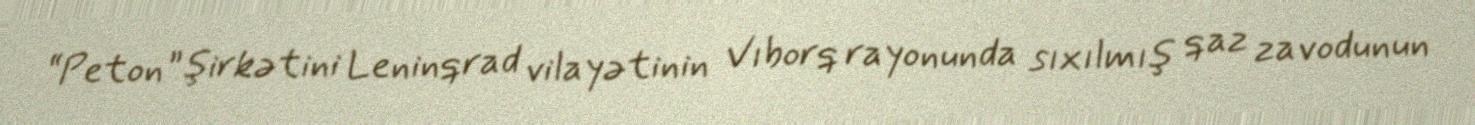
“Peton” şirkətini Leninqrad vilayətinin Vıborq rayonunda sıxılmış qaz zavodunun